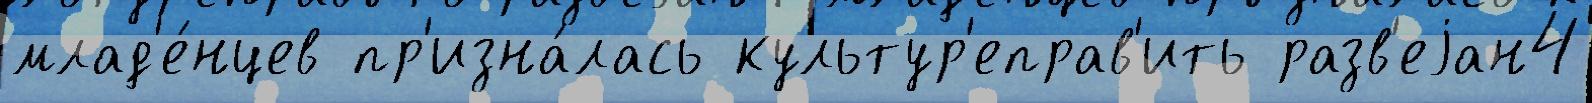
млад'е́нцев пр'изна́лась культур'еправ'ить разв'еjан4